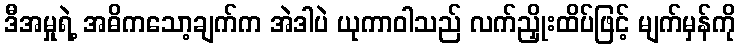
ဒီအမှုရဲ့ အဓိကသော့ချက်က အဲဒါပဲ ယုကာဝါသည် လက်ညှိုးထိပ်ဖြင့် မျက်မှန်ကို